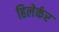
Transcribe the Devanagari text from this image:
हिलेर्कर